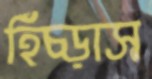
হিঁচ্‌ড়াস